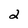
Character: 2